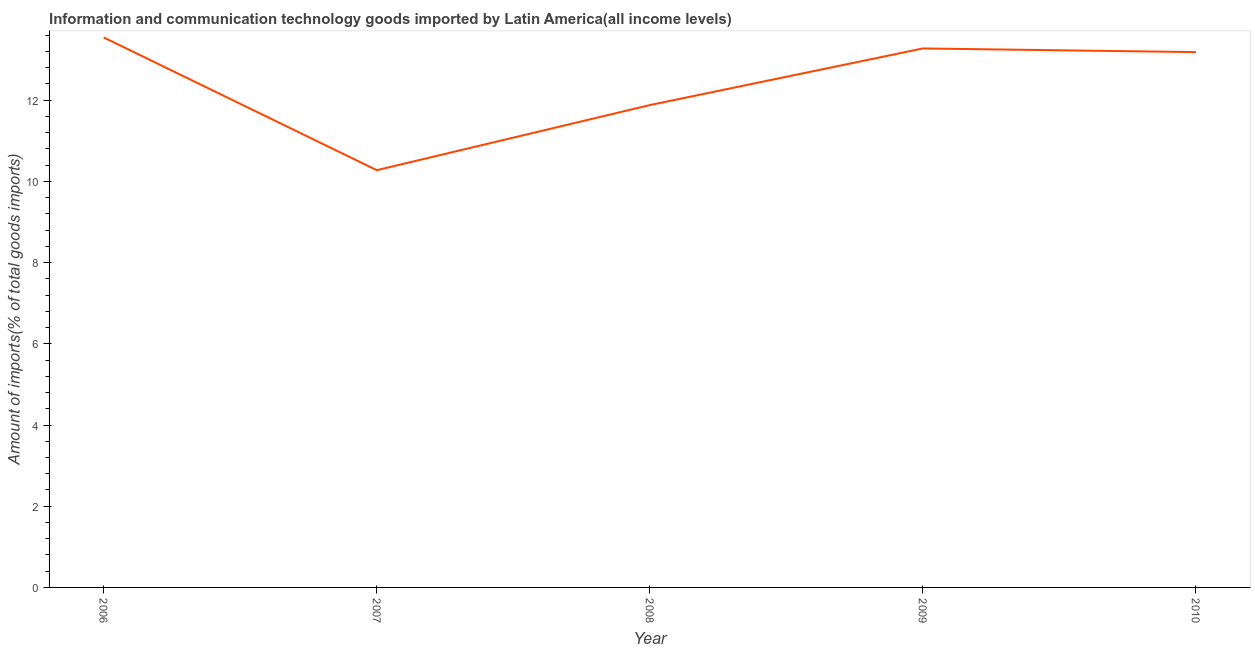
| Year | ICT goods imports |
 | --- | --- |
 | 2006 | 13.5 |
 | 2007 | 10.3 |
 | 2008 | 11.9 |
 | 2009 | 13.3 |
 | 2010 | 13.2 |